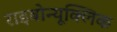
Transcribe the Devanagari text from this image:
राइबोन्यूक्लिक